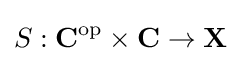
S:\mathbf {C} ^{\mathrm {op} }\times \mathbf {C} \to \mathbf {X}